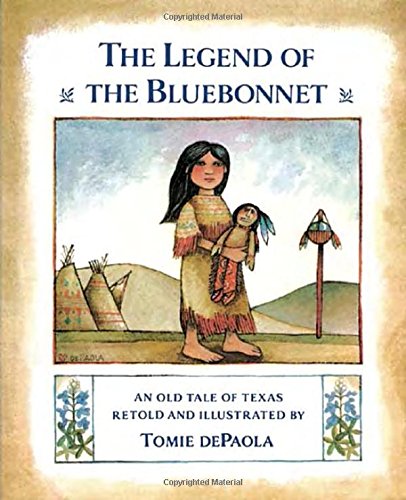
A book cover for The Legend of the Bluebonnet; Tomie dePaola; Children's Books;